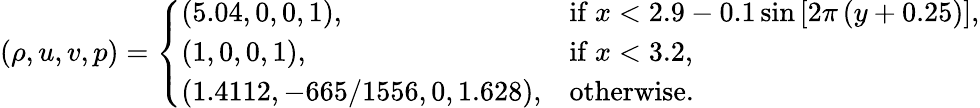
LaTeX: (\rho,u,v,p)=\left\{ \begin{array}{ll}{(5.04,0,0,1),}&{\mathrm{if~}x<2.9-0.1\sin\left[2\pi\left(y+0.25\right)\right],}\\ {(1,0,0,1),}&{\mathrm{if~}x<3.2,}\\ {(1.4112,-665/1556,0,1.628),}&{\mathrm{otherwise}.}\end{array}\right.